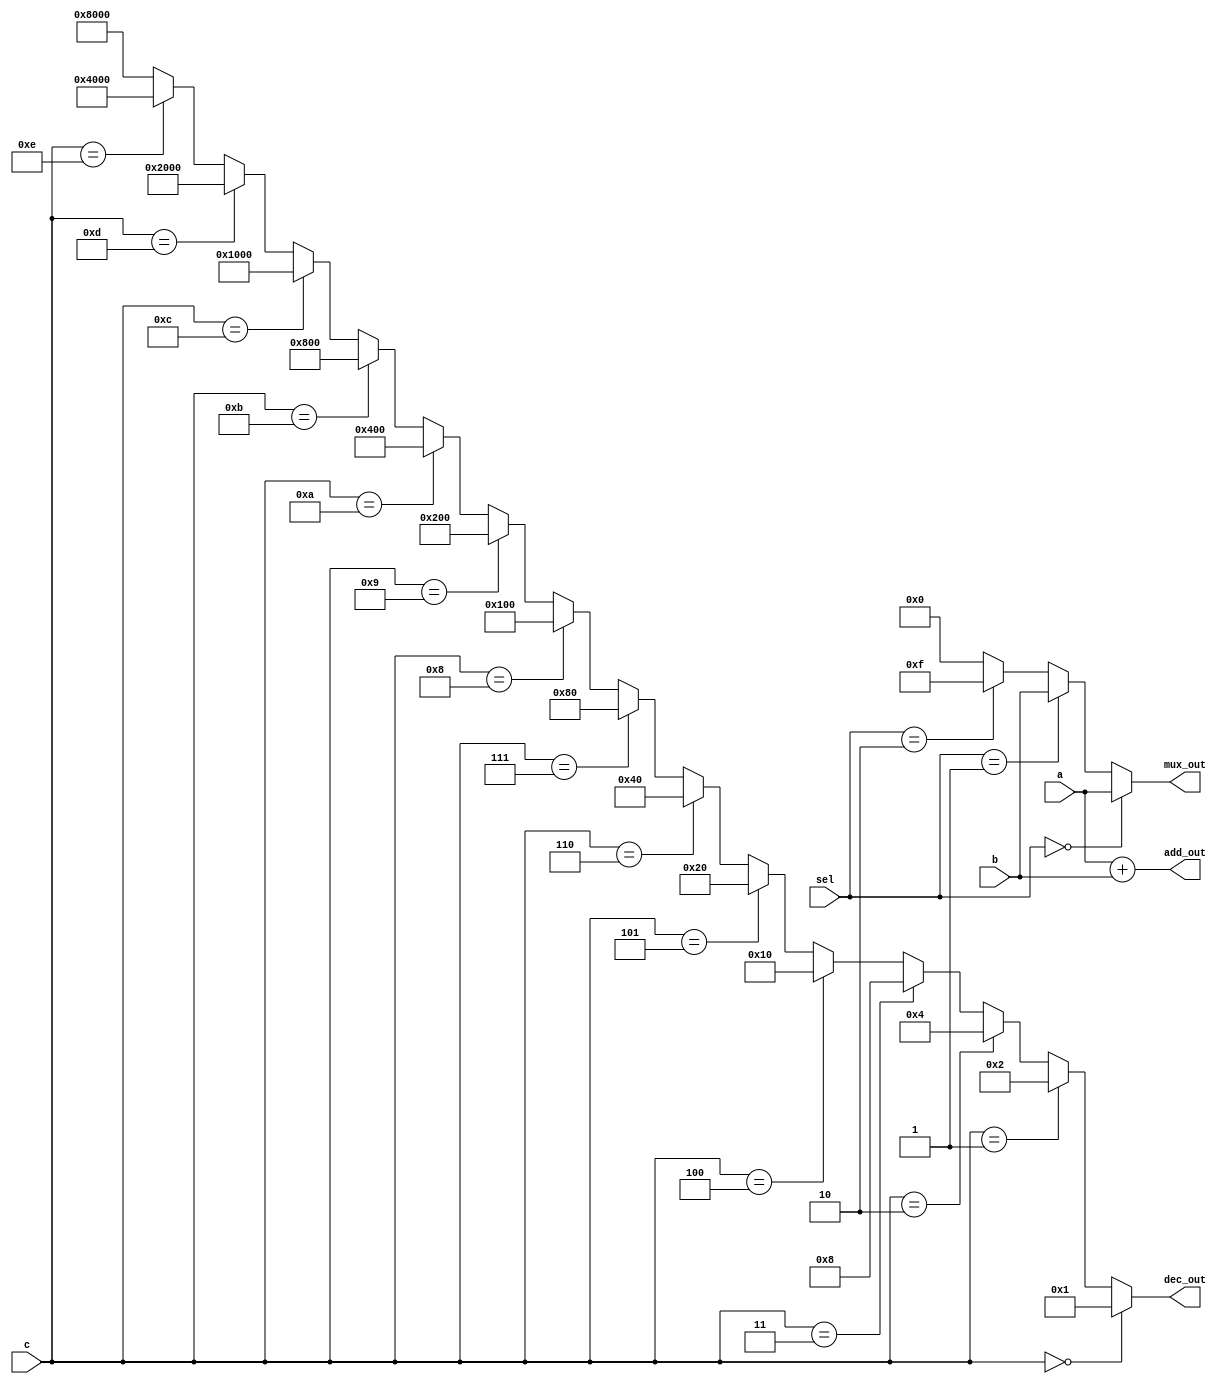
module combinational_logic_block (
    input wire [3:0] a,        // 4-bit input for multiplexer
    input wire [1:0] sel,      // 2-bit select input for multiplexer
    input wire [3:0] b,        // 4-bit input for adder
    input wire [3:0] c,        // 4-bit input for decoder
    output wire [3:0] mux_out,  // Output from multiplexer
    output wire [3:0] add_out,   // Output from adder
    output wire [15:0] dec_out    // Output from decoder
);

// Multiplexer implementation
assign mux_out = (sel == 2'b00) ? a :
                 (sel == 2'b01) ? b :
                 (sel == 2'b10) ? 4'b1111 : // Example constant
                 4'b0000; // Default case

// Adder implementation
assign add_out = a + b;

// Decoder implementation
assign dec_out = (c == 4'b0000) ? 16'b0000000000000001 :
                 (c == 4'b0001) ? 16'b0000000000000010 :
                 (c == 4'b0010) ? 16'b0000000000000100 :
                 (c == 4'b0011) ? 16'b0000000000001000 :
                 (c == 4'b0100) ? 16'b0000000000010000 :
                 (c == 4'b0101) ? 16'b0000000000100000 :
                 (c == 4'b0110) ? 16'b0000000001000000 :
                 (c == 4'b0111) ? 16'b0000000010000000 :
                 (c == 4'b1000) ? 16'b0000000100000000 :
                 (c == 4'b1001) ? 16'b0000001000000000 :
                 (c == 4'b1010) ? 16'b0000010000000000 :
                 (c == 4'b1011) ? 16'b0000100000000000 :
                 (c == 4'b1100) ? 16'b0001000000000000 :
                 (c == 4'b1101) ? 16'b0010000000000000 :
                 (c == 4'b1110) ? 16'b0100000000000000 :
                 16'b1000000000000000; // Default case

endmodule